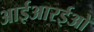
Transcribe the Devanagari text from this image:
आईआरईओ